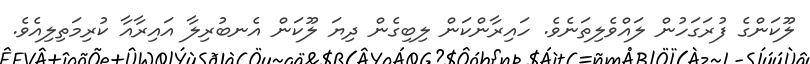
ލޫކަންގެ ފުރަގަހުން ލައްވެލިތަނެވެ. ހައިރާންކަން ލިބިގެން ދިޔަ ލޫކަން އެނބުރިލާ އައިރާއާ ކުރިމަތިލިއެވެ.